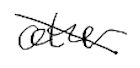
Text: other
Cross-out: diagonal
Writing tool: digital_black